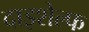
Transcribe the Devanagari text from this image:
दाइशेल्फ